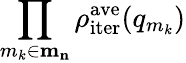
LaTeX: \prod_{m_{k}\in\mathbf{m_{n}}}\rho_{\mathrm{iter}}^{\mathrm{ave}}(q_{m_{k}})